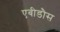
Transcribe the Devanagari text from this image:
एबीडौस